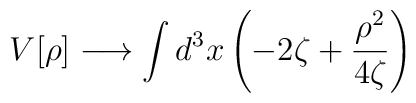
V[\rho]\longrightarrow\int d^3x\left(-2\zeta+\frac{\rho^2}{4\zeta}\right)